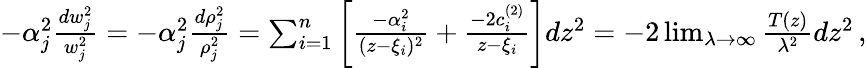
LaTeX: \begin{array}{r}{-\alpha_{j}^{2}{\frac{dw_{j}^{2}}{w_{j}^{2}}}=-\alpha_{j}^{2}{\frac{d\rho_{j}^{2}}{\rho_{j}^{2}}}=\sum_{i=1}^{n}\left[{\frac{-\alpha_{i}^{2}}{(z-\xi_{i})^{2}}}+{\frac{-2c_{i}^{(2)}}{z-\xi_{i}}}\right]dz^{2}=-2\operatorname*{lim}_{\lambda\to\infty}{\frac{T(z)}{\lambda^{2}}}dz^{2}\, ,}\end{array}